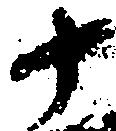
十